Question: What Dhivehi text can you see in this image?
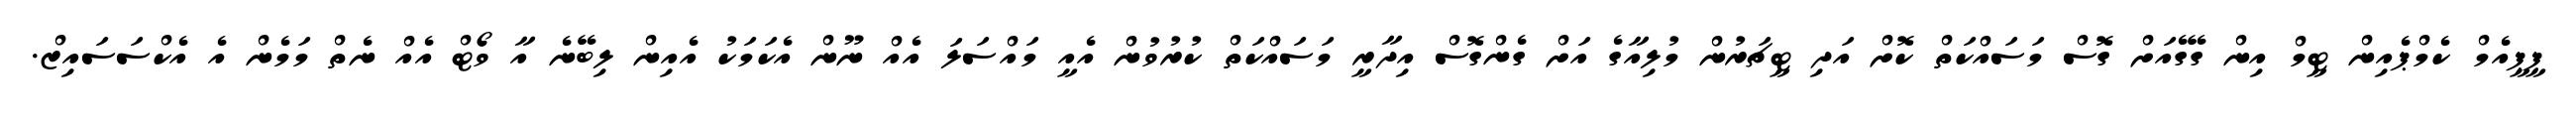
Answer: ޕީޕީއެމް ކެމްޕެއިން ޓީމް އިން ގޭގެއަށް ގޮސް މަސައްކަތް ކޮށް އަދި ޓީޗަރުން މުލިއާގެ އަށް ގެންގޮސް އިދާރީ މަސައްކަތް ކުރުވުން އެއީ މައްސަލަ އެއް ނޫން އެކަމަކު އެއިން ލިބޭނެ އާ ވޯޓް އެއް ނެތް މަމެން އެ އެކްސަސައިޒް.